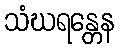
သံဃရန္တေန